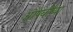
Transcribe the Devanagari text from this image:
औषधींच्या